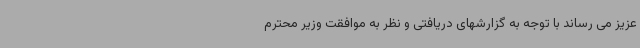
عزیز می رساند با توجه به گزارشهای دریافتی و نظر به موافقت وزیر محترم